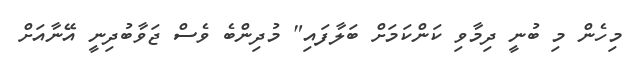
މިހެން މި ބުނީ ދިމާވި ކަންކަމަށް ބަލާފައި" މުދިންބެ ވެސް ޖަވާބުދިނީ އޭނާއަށް